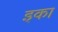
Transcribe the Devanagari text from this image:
इका